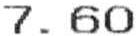
7.60